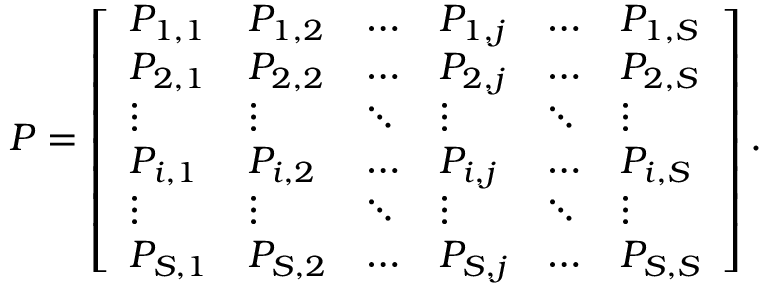
P = \left[ { \begin{array} { l l l l l l } { P _ { 1 , 1 } } & { P _ { 1 , 2 } } & { \dots } & { P _ { 1 , j } } & { \dots } & { P _ { 1 , S } } \\ { P _ { 2 , 1 } } & { P _ { 2 , 2 } } & { \dots } & { P _ { 2 , j } } & { \dots } & { P _ { 2 , S } } \\ { \vdots } & { \vdots } & { \ddots } & { \vdots } & { \ddots } & { \vdots } \\ { P _ { i , 1 } } & { P _ { i , 2 } } & { \dots } & { P _ { i , j } } & { \dots } & { P _ { i , S } } \\ { \vdots } & { \vdots } & { \ddots } & { \vdots } & { \ddots } & { \vdots } \\ { P _ { S , 1 } } & { P _ { S , 2 } } & { \dots } & { P _ { S , j } } & { \dots } & { P _ { S , S } } \end{array} } \right] .